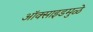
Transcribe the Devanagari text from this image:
ऑक्साइडमुळे